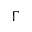
\Gamma